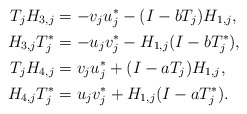
\begin{align*}T_jH_{3,j} &= -v_j u_j^* - (I-bT_j)H_{1,j}, \\H_{3,j}T_j^* &= - u_j v_j^* - H_{1,j}(I-bT_j^*), \\\stepcounter{parentequation}\gdef\theparentequation{\arabic{parentequation}}\setcounter{equation}{0}T_jH_{4,j} &= v_j u_j^* + (I-aT_j)H_{1,j}, \\H_{4,j}T_j^* &= u_j v_j^* + H_{1,j}(I-aT_j^*). \end{align*}